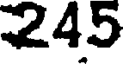
245